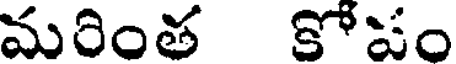
మరింత కోపం